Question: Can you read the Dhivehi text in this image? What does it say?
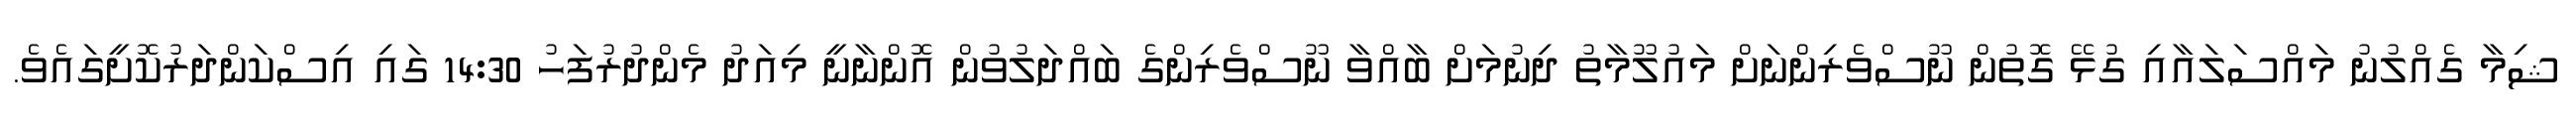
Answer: ޝިމާ ގެއްލުނު މައްސަލައާއި ގުޅޭ ގޮތުން ނޫސްވެރިންނަށް މައުލޫމާތު ދިނުމަށް ބާއްވާ ނޫސްވެރިންގެ ބައްދަލުވުން އޮންނާނީ މިއަދު މެންދުރުފަހު 14:30 ގައި އިސްކަންދަރުކޮށީގައެވެ.